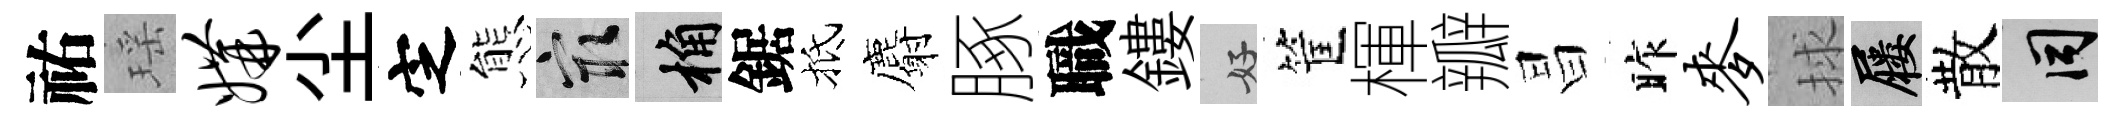
祐瑶媾尘㝎態冣桷鋸抵麝䐁職鏤好筐楎瓣昌昨麦捄屨散间